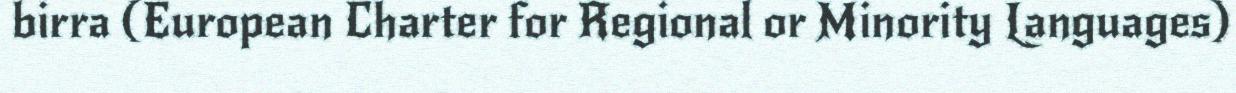
birra (European Charter for Regional or Minority Languages)